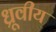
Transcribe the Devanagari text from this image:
ध्रूवीय